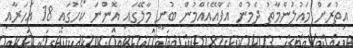
އިތުރަށް މައުލުންމާތު ދެމުން އެފްއޭއެއްމުން ބުނީ މާލޭގައި އޮންނަ ކޯހުގައި 18 އަހަރާއި